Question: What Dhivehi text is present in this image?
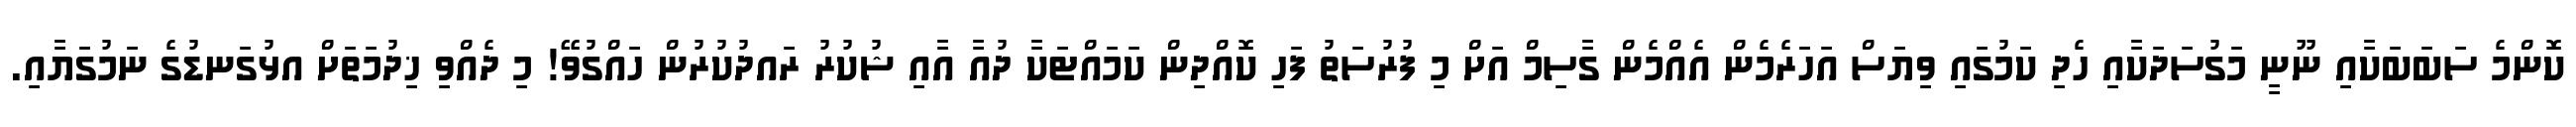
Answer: ކޮންމެ ސަބަބަކާއި ނޫނީ މަގުސަދަކާއި ހެދި ކަމުގައި ވިޔަސް އަހަރެމެން އެއްމެން ގާސިމް އަށް މި ފުރުސަތު ފަހި ކޮއްދިން ކަމައްޓަކާ ދުއާ އާއި ޝުކުރު ރައދުކުރުން ހައްގުވޭ! މި ދެއްވި ޚިދުމަތަށް އޅުގަނޑުގެ ނަމުގަޔާއި.